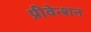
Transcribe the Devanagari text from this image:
प्रीवेन्शन